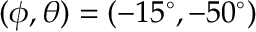
( \phi , \theta ) = ( - 1 5 ^ { \circ } , - 5 0 ^ { \circ } )